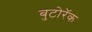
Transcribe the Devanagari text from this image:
बुटोरॅक